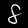
Digit: 8